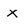
Character: x